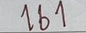
161